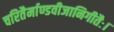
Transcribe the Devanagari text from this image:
चरितैर्माण्डवीजानिगीतैः।